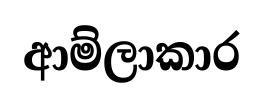
ආම්ලාකාර